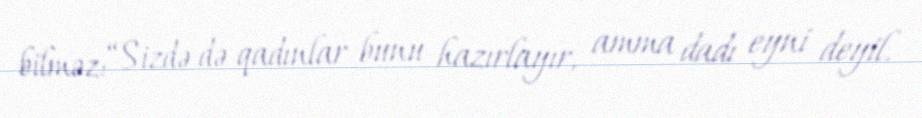
bilməz: “Sizdə də qadınlar bunu hazırlayır, amma dadı eyni deyil.